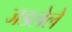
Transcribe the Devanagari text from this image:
जडलेले